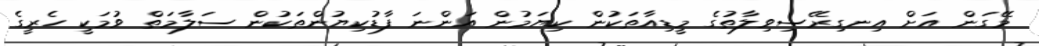
މޭގަން އަށް އިނގިރޭސިވިލާތުގެ މީޑިއާތަކުން ކިޔަމުން އަންނަ ފާޑުކިޔުންތަކުން ސަލާމަތް ވުމަކީ ހެރީގެ